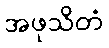
အဖုသိတံ